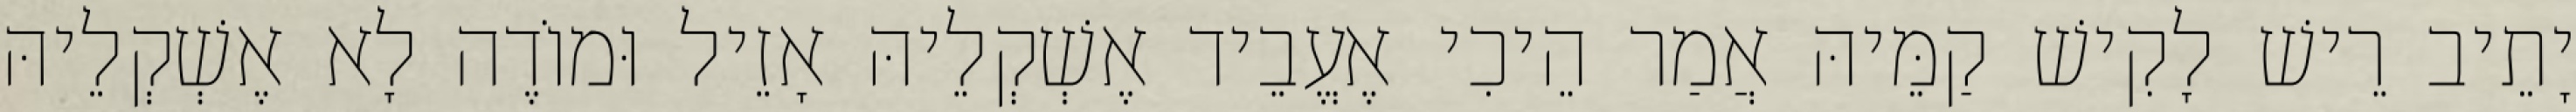
יָתֵיב רֵישׁ לָקִישׁ קַמֵּיהּ אֲמַר הֵיכִי אֶעֱבֵיד אֶשְׁקְלֵיהּ אָזֵיל וּמוֹדֶה לָא אֶשְׁקְלֵיהּ